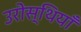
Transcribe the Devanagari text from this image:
उरोस्थियाँ